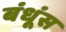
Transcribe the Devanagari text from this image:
बंधूंस